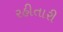
રહીતારી